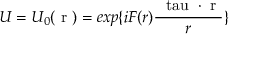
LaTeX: U = U _ { 0 } ( \mathrm { \boldmath ~ r ~ } ) = e x p \{ { i F ( r ) \frac { \mathrm { \boldmath ~ \ t a u ~ } \cdot \mathrm { \boldmath ~ r ~ } } { r } } \}